Elephants and their diseases
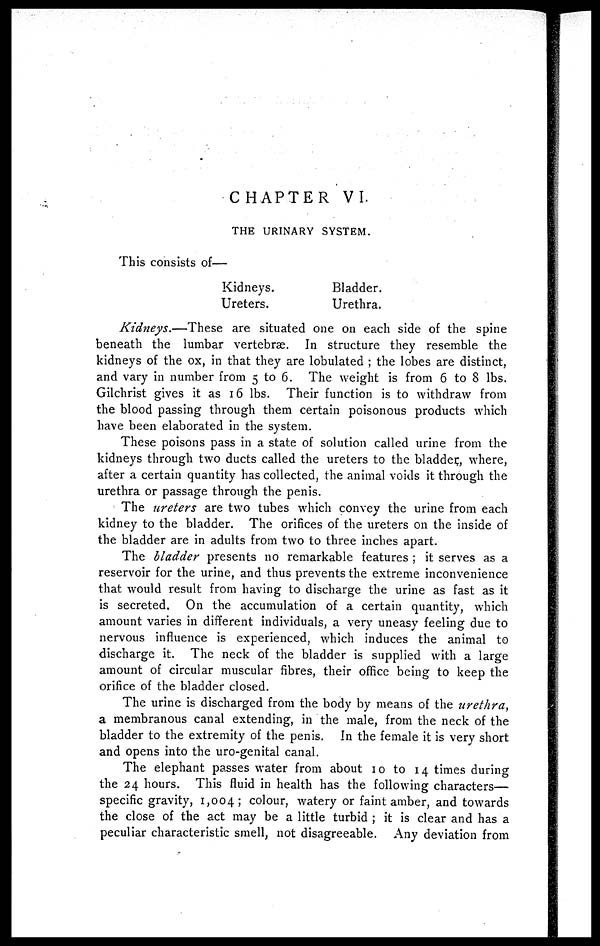
CHAPTER VI.
THE URINARY SYSTEM.
This consists of—
Kidneys.
Ureters.
Bladder.
Urethra.
Kidneys.—These
are situated one on each side of the spine
beneath the lumbar vertebrae. In structure they resemble the
kidneys of the ox, in that they are lobulated ; the lobes are distinct,
and vary in number from 5 to 6. The weight is from 6 to 8 lbs.
Gilchrist gives it as 16 lbs. Their function is to withdraw from
the blood passing through them certain poisonous products which
have been elaborated in the system.
These poisons pass in a state of solution called urine from the
kidneys through two ducts called the ureters to the bladder, where,
after a certain quantity has collected, the animal voids it through the
urethra or passage through the penis.
The ureters are two tubes which convey the urine from each
kidney to the bladder. The orifices of the ureters on the inside of
the bladder are in adults from two to three inches apart.
The bladder presents no remarkable features ; it serves as a
reservoir for the urine, and thus prevents the extreme inconvenience
that would result from having to discharge the urine as fast as it
is secreted. On the accumulation of a certain quantity, which
amount varies in different individuals, a very uneasy feeling due to
nervous influence is experienced, which induces the animal to
discharge it. The neck of the bladder is supplied with a large
amount of circular muscular fibres, their office being to keep the
orifice of the bladder closed.
The urine is discharged from the body by means of the urethra,
a membranous canal extending, in the male, from the neck of the
bladder to the extremity of the penis. In the female it is very short
and opens into the uro-genital canal.
The elephant passes water from about 10 to 14 times during
the 24 hours. This fluid in health has the following characters—
specific gravity, 1,004; colour, watery or faint amber, and towards
the close of the act may be a little turbid ; it is clear and has a
peculiar characteristic smell, not disagreeable. Any deviation from